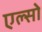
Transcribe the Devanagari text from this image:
एल्सो